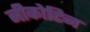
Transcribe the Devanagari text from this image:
नीकोटिन